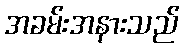
အခမ်းအနားသည်